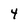
Character: 4